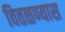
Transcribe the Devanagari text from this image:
वितळण्यास